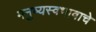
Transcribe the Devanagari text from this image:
मनुष्यस्वभावाचे